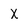
Character: x